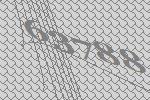
63788